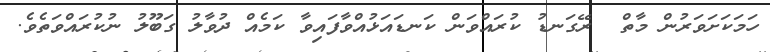
ހަމަކަށަވަރުން މާތް  ރޭގަނޑު ކުރައްވަން ކަނޑައަޅުއްވާފައިވާ ކަމެއް ދުވާލު ގަބޫލު ނުކުރައްވަތެވެ.